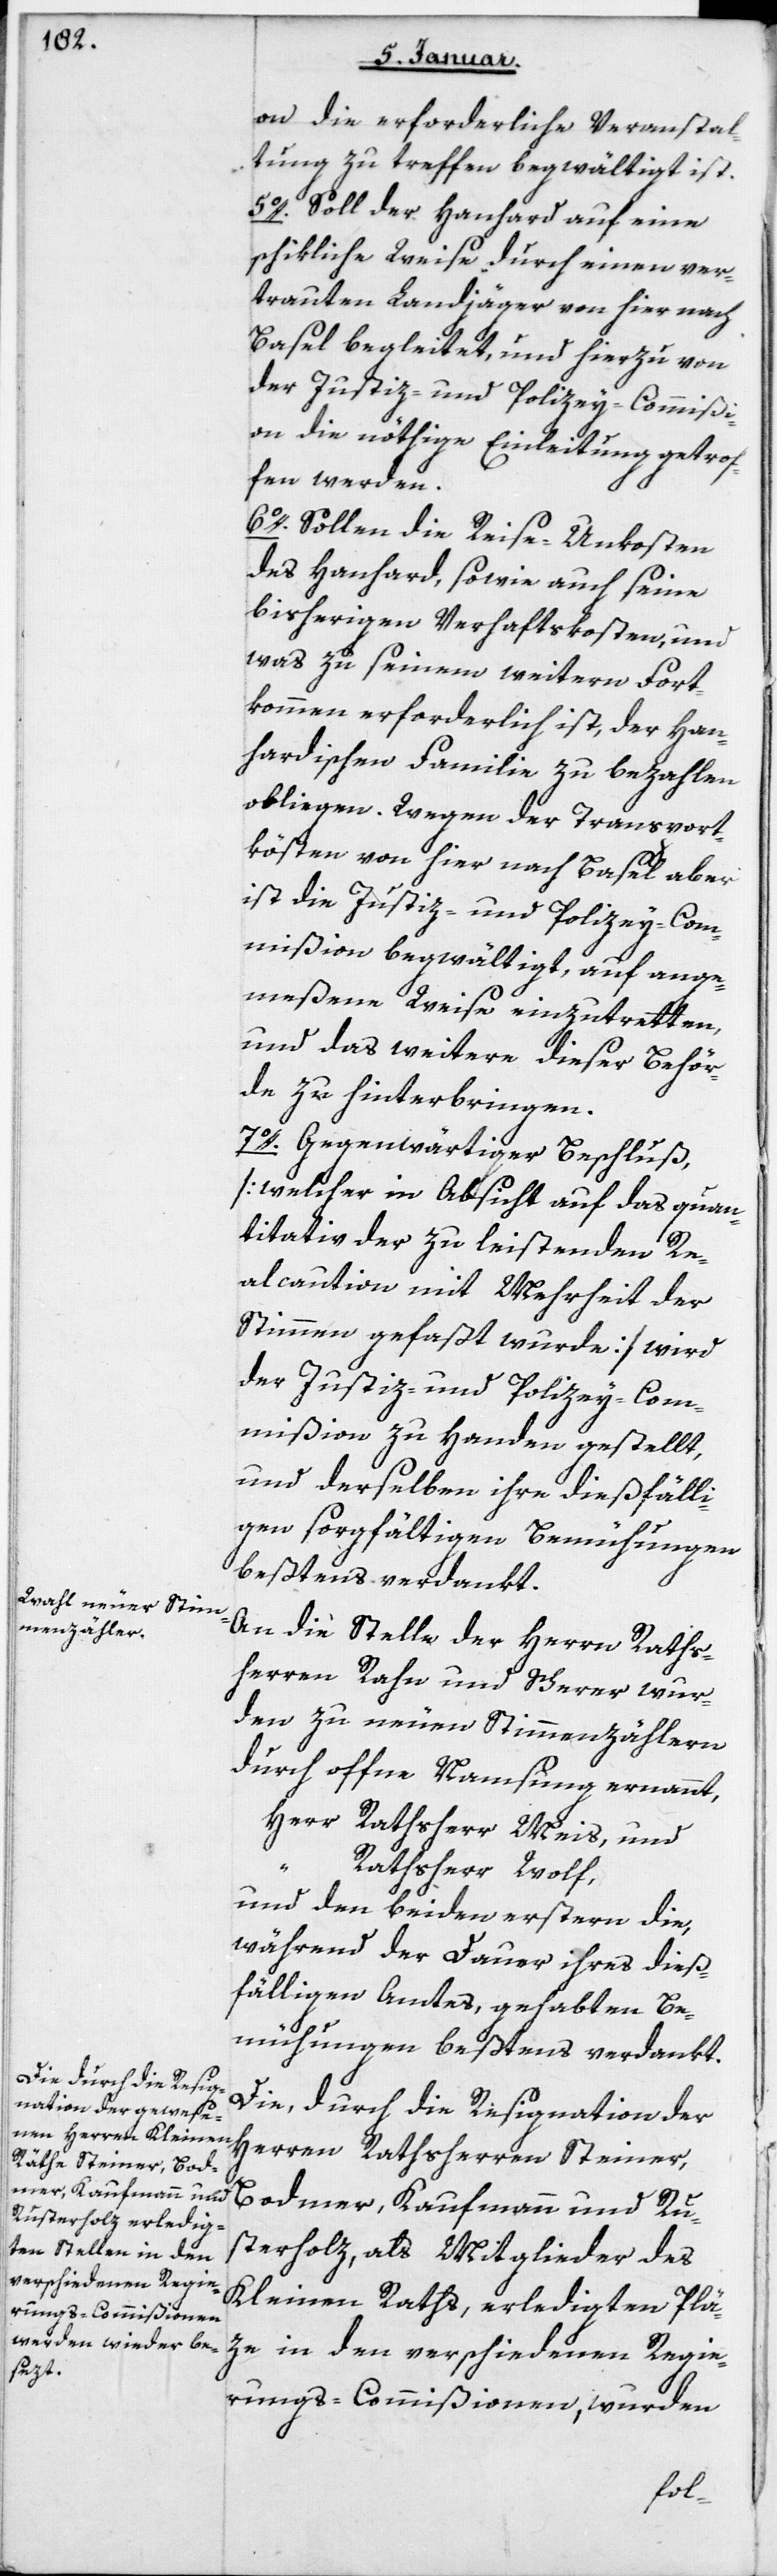
on die erforderliche Veranstal¬
tung zu treffen begwältigt ist.
5. Soll der Hanhard auf eine
schikliche Weise durch einen ver¬
trauten Landjäger von hier nach
Basel begleitet, und hierzu von
der Justiz- und Polizey-Commißi¬
on die nöthige Einleitung getrof¬
fen werden.
6. Sollen die Reise-Unkosten
des Hanhard sowie auch seine
bisherigen Verhaftskosten, und
was zu seinem weitern Fort¬
kommen erforderlich ist, der Han¬
hardischen Familie zu bezahlen
obliegen. Wegen der Transport¬
kösten von hier nach Basel aber
ist die Justiz- und Polizey-Com¬
mißion begwältigt, auf ange¬
meßene Weise einzutretten,
und das Weitere dieser Behör¬
de zu hinterbringen.
7. Gegenwärtiger Beschluß
(welcher in Absicht auf das quan¬
titativ der zu leistenden Re¬
al-Caution mit Mehrheit der
Stimmen gefaßt wurde) wird
der Justiz- und Polizey-Com¬
mißion zu Handen gestellt,
und derselben ihre dießfälli¬
gen sorgfältigen Bemühungen
beßtens verdankt.
An die Stelle der Herrn Raths¬
herren Rahn und Scherer wur¬
den zu neuen Stimmenzählern
durch offene Namsung ernennt,
Herr Rathsherr Meis und
Rathsherr Wolf,
und den beyden erstern die,
während der Dauer ihres dieß¬
fälligen Amtes gehabten Be¬
mühungen bestens verdankt.
Die durch die Resignation der
Herren Rathsherren Steiner,
Bodmer, Kaufmann und Ru¬
sterholz, als Mitglieder des
Kleinen Raths, erledigten Plä¬
ze in den verschiedenen Regie¬
rungs-Commißionen, wurden